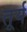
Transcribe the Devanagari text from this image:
तूर्य